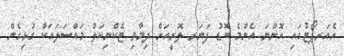
އެއަރޕޯޓުގައި އޮންނަ އެންމެ ބޮޑު ފަޔަރ ލޮރީއަށް ދިމާވި ޓެކްނިކަލް މައްސަލައަކާ ގުޅިގެން